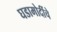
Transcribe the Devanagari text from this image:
घडामोदींचे